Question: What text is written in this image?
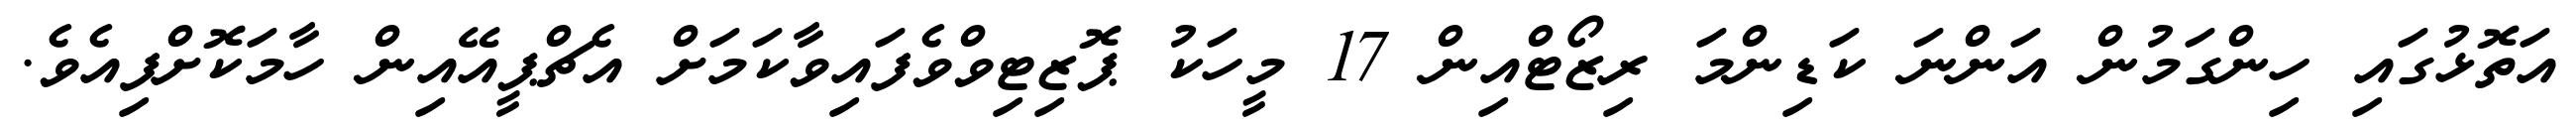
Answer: އަތޮޅުގައި ހިންގަމުން އަންނަ ކަޑިންމަ ރިޒޯޓްއިން 17 މީހަކު ޕޮޒިޓިވްވެފައިވާކަމަށް އެޗްޕީއޭއިން ހާމަކޮށްފިއެވެ.